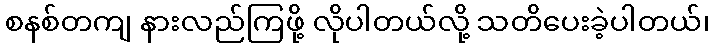
စနစ်တကျ နားလည်ကြဖို့ လိုပါတယ်လို့ သတိပေးခဲ့ပါတယ်၊